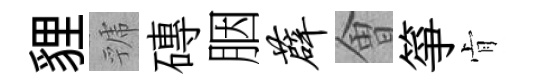
貍虢磚胭薜㑹箏肻